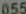
055